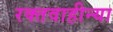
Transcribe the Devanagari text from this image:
रक्तवाहीन्या